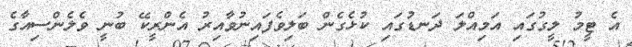
އެ ޓީމު ލީގުގައި އަމިއްލަ ދަނޑުގައި ކުޅެގެން ބަލިވެފައިނުވާއިރު އެންރީކޭ ބުނީ ވެލެންސިއާގެ